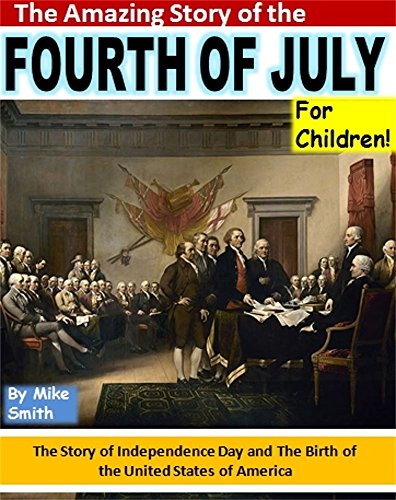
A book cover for The Amazing Story of the Fourth of July For Children!: The Story of Independence Day and the Birth of the United States of America; Mike Smith; Children's Books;